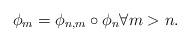
LaTeX: \begin{align*} \phi_m = \phi_{n, m} \circ \phi_n \forall m > n.\end{align*}